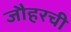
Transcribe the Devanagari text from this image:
जौहरची